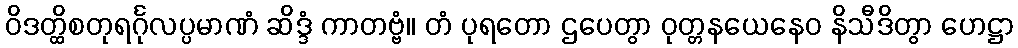
ဝိဒတ္ထိစတုရင်္ဂုလပ္ပမာဏံ ဆိဒ္ဒံ ကာတဗ္ဗံ။ တံ ပုရတော ဌပေတွာ ဝုတ္တနယေနေဝ နိသီဒိတွာ ဟေဋ္ဌာ